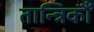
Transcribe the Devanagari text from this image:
तान्त्रिकौं